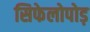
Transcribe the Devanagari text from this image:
सिफेलोपोड़